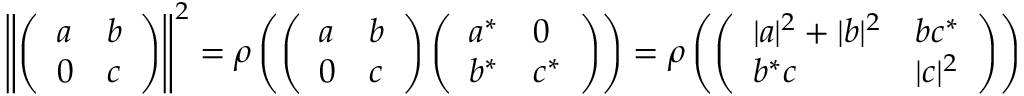
\left\| \left( \begin{array} { l l } { a } & { b } \\ { 0 } & { c } \end{array} \right) \right\| ^ { 2 } = \rho \left( \left( \begin{array} { l l } { a } & { b } \\ { 0 } & { c } \end{array} \right) \left( \begin{array} { l l } { a ^ { * } } & { 0 } \\ { b ^ { * } } & { c ^ { * } } \end{array} \right) \right) = \rho \left( \left( \begin{array} { l l } { | a | ^ { 2 } + | b | ^ { 2 } } & { b c ^ { * } } \\ { b ^ { * } c } & { | c | ^ { 2 } } \end{array} \right) \right)